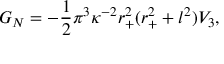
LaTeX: G _ { N } = - \frac { 1 } { 2 } \pi ^ { 3 } \kappa ^ { - 2 } r _ { + } ^ { 2 } ( r _ { + } ^ { 2 } + l ^ { 2 } ) V _ { 3 } ,